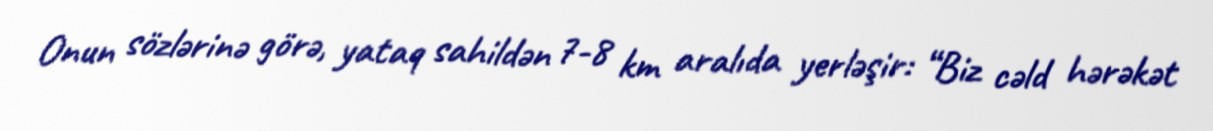
Onun sözlərinə görə, yataq sahildən 7-8 km aralıda yerləşir: “Biz cəld hərəkət